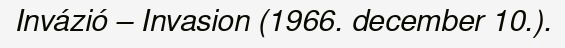
Invázió – Invasion (1966. december 10.).